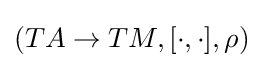
(TA\to TM,[\cdot ,\cdot ],\rho )